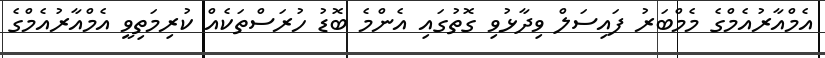
އެމްއާރުއެމްގެ މެމްބަރު ފައިސަލް ވިދާޅުވި ގޮތުގައި އެންމެ ބޮޑު ހުރަސްތަކެއް ކުރިމަތިވީ އެމްއާރުއެމްގެ